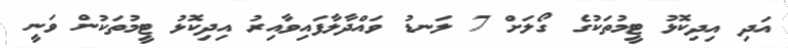
އަދި އިދިކޮޅު ޓީމުތަކުގެ ގޯލަށް 7 ލަނޑު ވައްދާލާފައިވާއިރު އިދިކޮޅު ޓީމުތަކުން ވަނީ